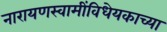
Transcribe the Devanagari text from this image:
नारायणस्वामींविधेयकाच्या